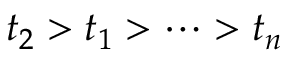
t _ { 2 } > t _ { 1 } > \cdots > t _ { n }